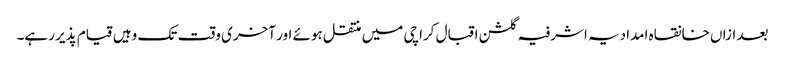
بعد ازاں خانقاہ امدادیہ اشرفیہ گلشن اقبال کراچی میں منتقل ہوئے اور آخری وقت تک وہیں قیام پذیر رہے۔